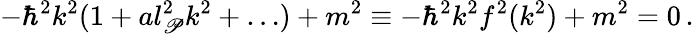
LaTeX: -\hbar^{2}k^{2}(1+al_{\mathscr{P}}^{2}k^{2}+\dots)+m^{2}\equiv-\hbar^{2}k^{2}f^{2}(k^{2})+m^{2}=0\, .